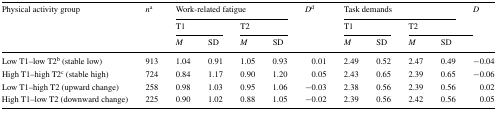
<table><thead><tr><td rowspan="3"><b>Physical activity group</b></td><td rowspan="3"><b><i>n</i><sup>a</sup></b></td><td colspan="4"><b>Work-related fatigue</b></td><td rowspan="3"><b><i>D</i><sup>d</sup></b></td><td colspan="4"><b>Task demands</b></td><td rowspan="3"><b><i>D</i></b></td></tr><tr><td colspan="2"><b>T1</b></td><td colspan="2"><b>T2</b></td><td colspan="2"><b>T1</b></td><td colspan="2"><b>T2</b></td></tr><tr><td><b><i>M</i></b></td><td><b>SD</b></td><td><b><i>M</i></b></td><td><b>SD</b></td><td><b><i>M</i></b></td><td><b>SD</b></td><td><b><i>M</i></b></td><td><b>SD</b></td></tr></thead><tbody><tr><td>Low T1–low T2<sup>b</sup> (stable low)</td><td>913</td><td>1.04</td><td>0.91</td><td>1.05</td><td>0.93</td><td>0.01</td><td>2.49</td><td>0.52</td><td>2.47</td><td>0.49</td><td>−0.04</td></tr><tr><td>High T1–high T2<sup>c</sup> (stable high)</td><td>724</td><td>0.84</td><td>1.17</td><td>0.90</td><td>1.20</td><td>0.05</td><td>2.43</td><td>0.65</td><td>2.39</td><td>0.65</td><td>−0.06</td></tr><tr><td>Low T1–high T2 (upward change)</td><td>258</td><td>0.98</td><td>1.03</td><td>0.95</td><td>1.06</td><td>−0.03</td><td>2.38</td><td>0.56</td><td>2.39</td><td>0.56</td><td>0.02</td></tr><tr><td>High T1–low T2 (downward change)</td><td>225</td><td>0.90</td><td>1.02</td><td>0.88</td><td>1.05</td><td>−0.02</td><td>2.39</td><td>0.56</td><td>2.42</td><td>0.56</td><td>0.05</td></tr></tbody></table>